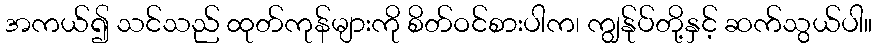
အကယ်၍ သင်သည် ထုတ်ကုန်များကို စိတ်ဝင်စားပါက၊ ကျွန်ုပ်တို့နှင့် ဆက်သွယ်ပါ။